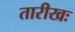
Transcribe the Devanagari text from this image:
तारीखः